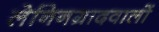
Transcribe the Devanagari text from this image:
लेनिनग्रादवालों